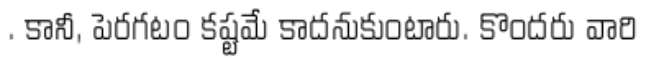
. కానీ, పెరగటం కష్టమే కాదనుకుంటారు. కొందరు వారి